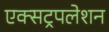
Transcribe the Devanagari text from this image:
एक्सट्रपलेशन